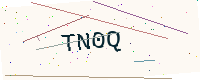
Text: TN0Q